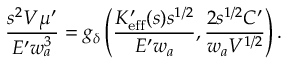
\frac { s ^ { 2 } V \mu ^ { \prime } } { E ^ { \prime } w _ { a } ^ { 3 } } = g _ { \delta } \left( \frac { K _ { \mathrm { e f f } } ^ { \prime } ( s ) s ^ { 1 / 2 } } { E ^ { \prime } w _ { a } } , \frac { 2 s ^ { 1 / 2 } C ^ { \prime } } { w _ { a } V ^ { 1 / 2 } } \right) .